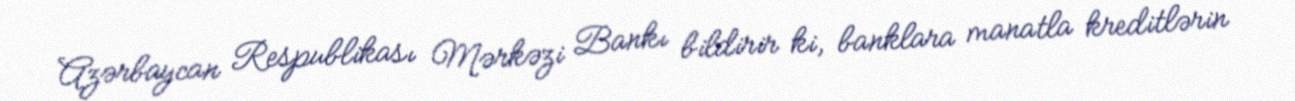
Azərbaycan Respublikası Mərkəzi Bankı bildirir ki, banklara manatla kreditlərin